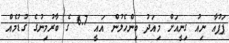
ޕަޕުއާ ނިއު ގިނީއަށް މިއަދު ބިންހެލުން އައީ 6.7 ގެ ބާރުމިނުގެ ގުޑުމެއް